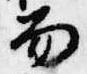
笏